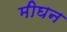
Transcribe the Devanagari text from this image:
मीघन